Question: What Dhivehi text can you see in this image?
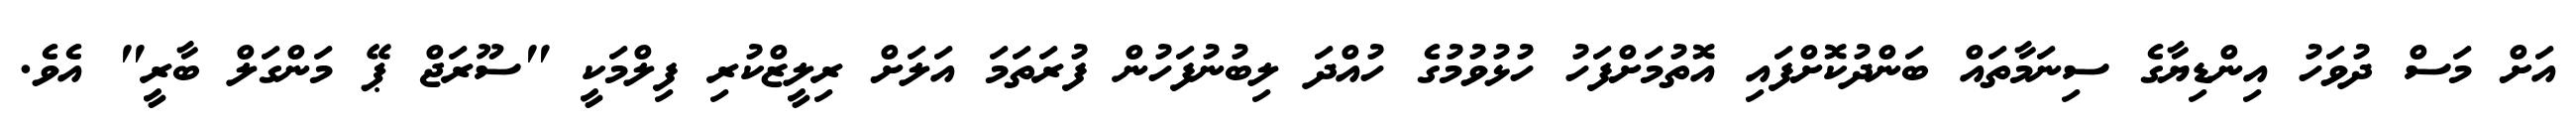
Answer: އަށް މަސް ދުވަހު އިންޑިޔާގެ ސިނަމާތައް ބަންދުކޮށްފައި އޮތުމަށްފަހު ހުޅުވުމުގެ ހުއްދަ ލިބުނުފަހުން ފުރަތަމަ އަލަށް ރިލީޒްކުރި ފިލްމަކީ "ސޫރަޖް ޕޭ މަންގަލް ބާރީ" އެވެ.